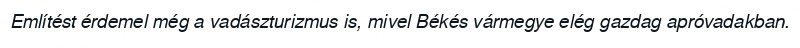
Említést érdemel még a vadászturizmus is, mivel Békés vármegye elég gazdag apróvadakban.